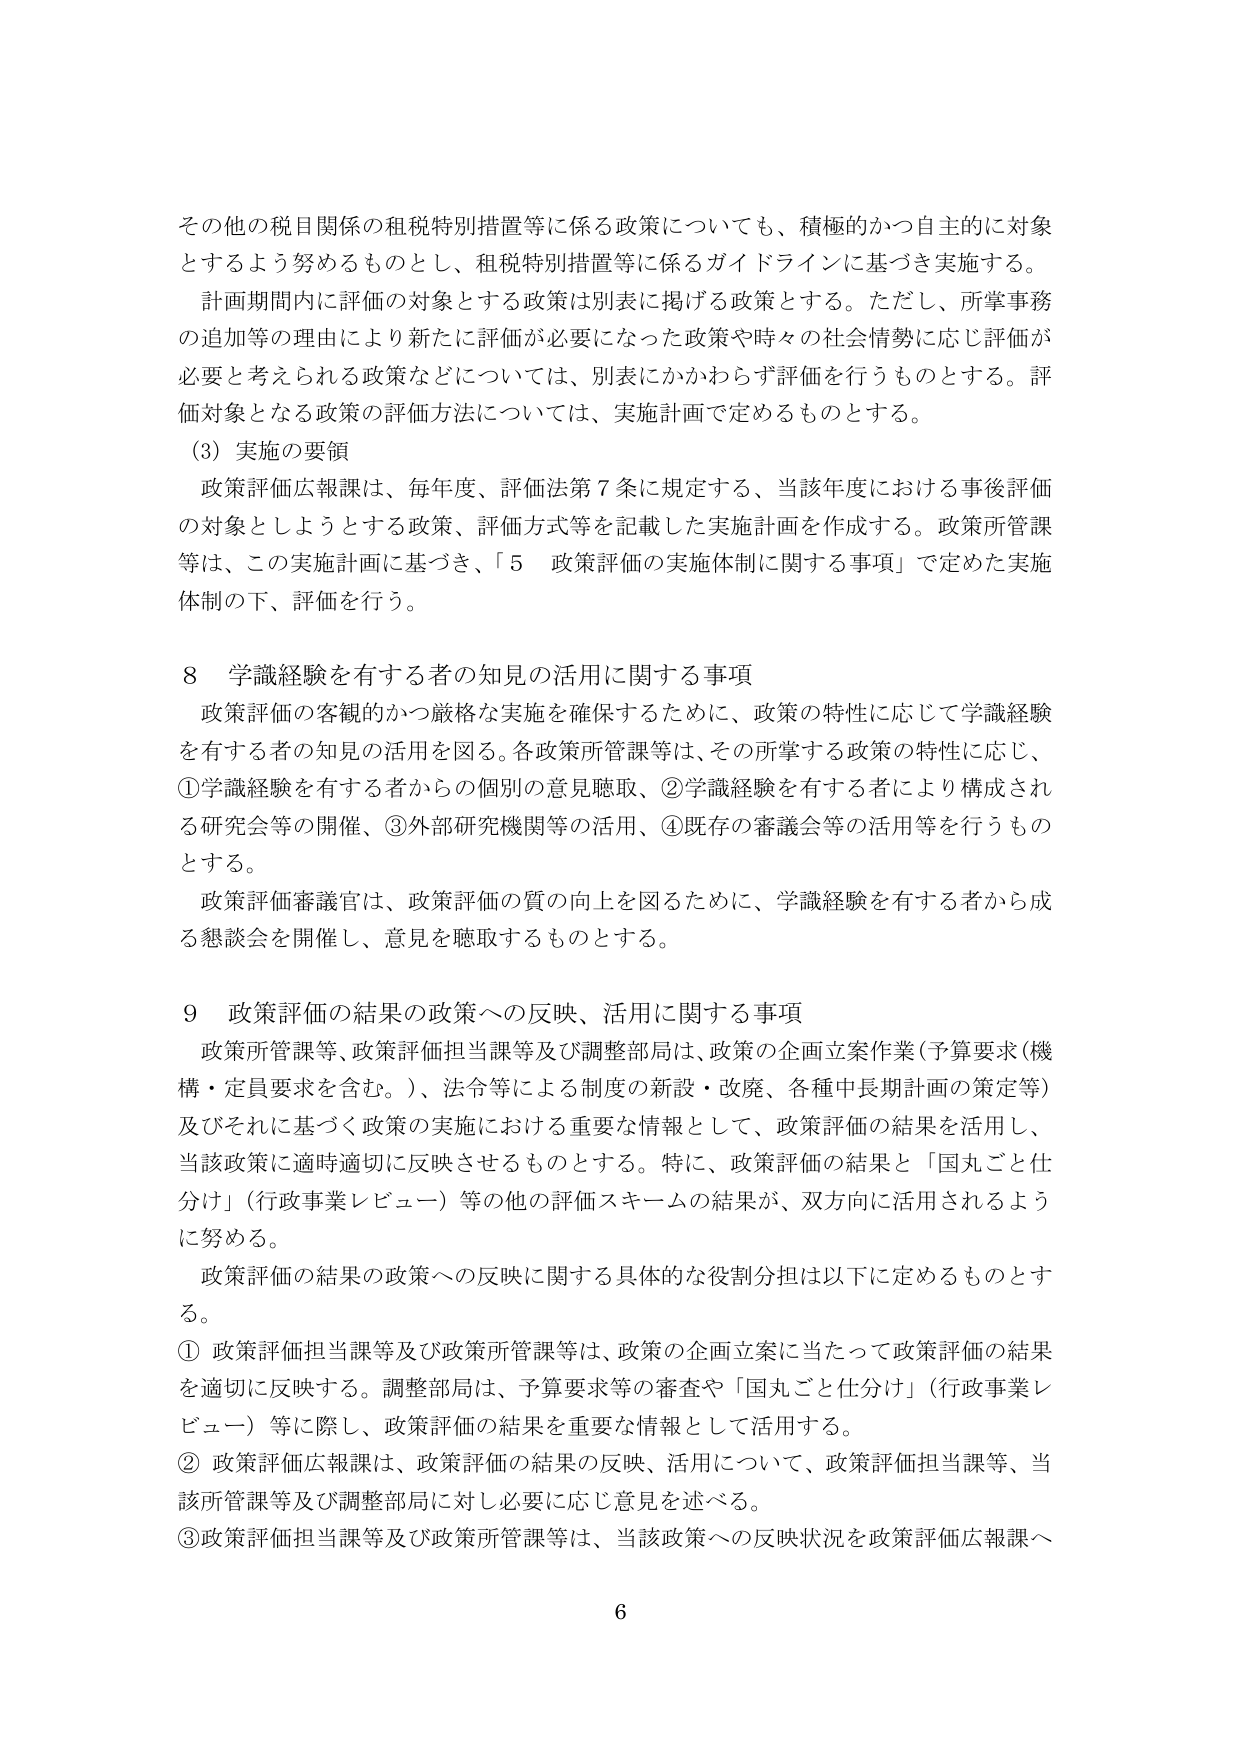
その他の税目関係の租税特別措置等に係る政策についても、積極的かつ自主的に対象とするよう努めるものとし、租税特別措置等に係るガイドラインに基づき実施する。

計画期間内に評価の対象とする政策は別表に掲げる政策とする。ただし、所掌事務の追加等の理由により新たに評価が必要になった政策や時々の社会情勢に応じ評価が必要と考えられる政策などについては、別表にかかわらず評価を行うものとする。評価対象となる政策の評価方法については、実施計画で定めるものとする。

(3) 実施の要領

政策評価広報課は、毎年度、評価法第7条に規定する、当該年度における事後評価の対象としようとする政策、評価方式等を記載した実施計画を作成する。政策所管課等は、この実施計画に基づき、「5 政策評価の実施体制に関する事項」で定めた実施体制の下、評価を行う。

8 学識経験を有する者の知見の活用に関する事項

政策評価の客観的かつ厳格な実施を確保するために、政策の特性に応じて学識経験を有する者の知見の活用を図る。各政策所管課等は、その所掌する政策の特性に応じ、①学識経験を有する者からの個別の意見聴取、②学識経験を有する者により構成される研究会等の開催、③外部研究機関等の活用、④既存の審議会等の活用等を行うものとする。

政策評価審議官は、政策評価の質の向上を図るために、学識経験を有する者から成る懇談会を開催し、意見を聴取するものとする。

9 政策評価の結果の政策への反映、活用に関する事項

政策所管課等、政策評価担当課等及び調整部局は、政策の企画立案作業（予算要求（機構・定員要求を含む。）、法令等による制度の新設・改廃、各種中長期計画の策定等）及びそれに基づく政策の実施における重要な情報として、政策評価の結果を活用し、当該政策に適時適切に反映させるものとする。特に、政策評価の結果と「国丸ごと仕分け」（行政事業レビュー）等の他の評価スキームの結果が、双方向に活用されるように努める。

政策評価の結果の政策への反映に関する具体的な役割分担は以下に定めるものとする。

① 政策評価担当課等及び政策所管課等は、政策の企画立案に当たって政策評価の結果を適切に反映する。調整部局は、予算要求等の審査や「国丸ごと仕分け」（行政事業レビュー）等に際し、政策評価の結果を重要な情報として活用する。

② 政策評価広報課は、政策評価の結果の反映、活用について、政策評価担当課等、当該所管課等及び調整部局に対し必要に応じ意見を述べる。

③ 政策評価担当課等及び政策所管課等は、当該政策への反映状況を政策評価広報課へ

6